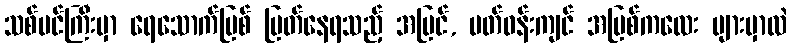
သစ်ပင်ကြီးမှာ ရေသောက်မြစ် ပြတ်နေရသည့် အပြင်, ပတ်ဝန်းကျင် အမြစ်ကလေး များမှာလဲ